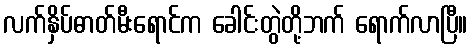
လက်နှိပ်ဓာတ်မီးရောင်က ခေါင်းတွဲတို့ဘက် ရောက်လာပြီ။